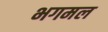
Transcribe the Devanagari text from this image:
भगमल